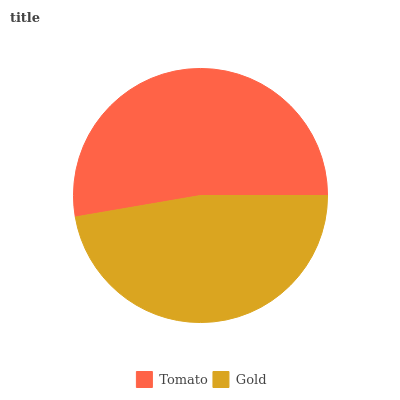
| Tomato | Gold |
 | --- | --- |
 | 52.7% | 47.3% |